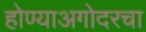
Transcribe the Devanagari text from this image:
होण्याअगोदरचा